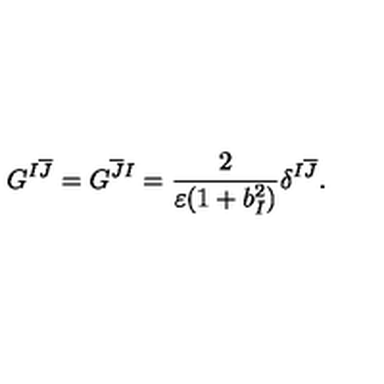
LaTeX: G ^ { I \overline { { J } } } = G ^ { \overline { { J } } I } = \frac { 2 } { \varepsilon ( 1 + b _ { I } ^ { 2 } ) } \delta ^ { I \overline { { J } } } .